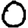
Digit: 0